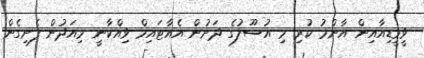
ވީމީޑިއާއިން އާންމު ކުރި މި އުސޫލުގެ ދަށުން އެއާޓައިމް ވިއްކާނީ މިއަދުން ފެށިގެން